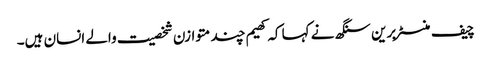
چیف منسٹر برین سنگھ نے کہا کہ کھیم چند متوازن شخصیت والے انسان ہیں۔